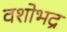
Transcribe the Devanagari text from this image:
वशोभद्र